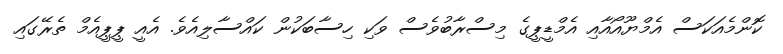
ކޮންމެއަކަސް އެމްޔޫއޯއާއި އެމްޑީޕީގެ މިސްރާބުވެސް ވަކި ހިސާބަކުން ކައްސާލިއެވެ. އެއީ ޕީޕީއެމް ތެރޭގައި